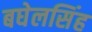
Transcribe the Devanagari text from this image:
बघेलसिंह